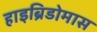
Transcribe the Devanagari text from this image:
हाइब्रिडोमास